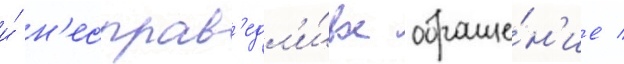
и́ н'есправ'едл'и́вое обраще́н'ие /